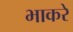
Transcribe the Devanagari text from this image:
भाकरे